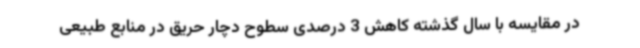
در مقایسه با سال گذشته کاهش 3 درصدی سطوح دچار حریق در منابع طبیعی